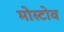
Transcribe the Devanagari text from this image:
मोस्टोव